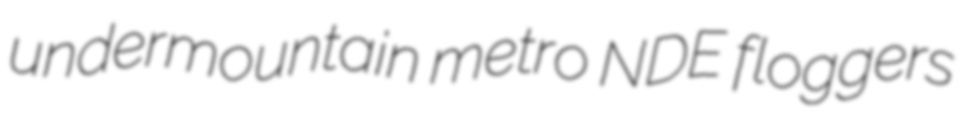
undermountain metro NDE floggers